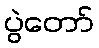
ပွဲတော်